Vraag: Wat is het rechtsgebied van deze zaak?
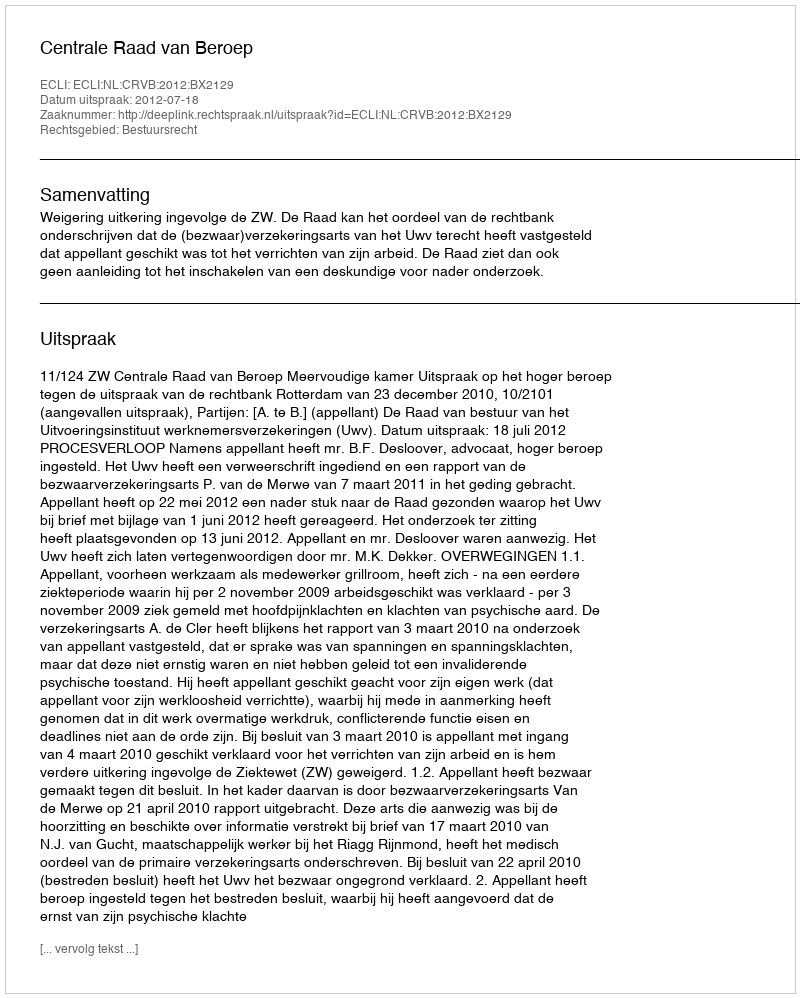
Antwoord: Bestuursrecht